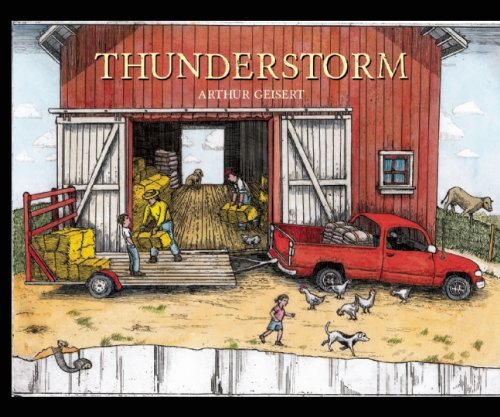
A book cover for Thunderstorm; Science & Math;